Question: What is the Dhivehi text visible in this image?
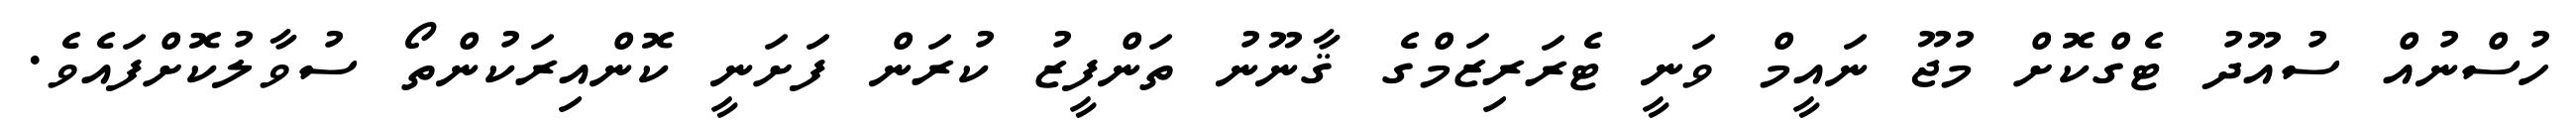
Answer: ހުސްނުއް ސުއޫދު ޓެގްކޮށް މުޖޫ ނައީމް ވަނީ ޓެރަރިޒަމްގެ ޤާނޫނު ތަންފީޒު ކުރަން ފަށަނީ ކޮންއިރަކުންތޯ ސުވާލުކޮށްފައެވެ.